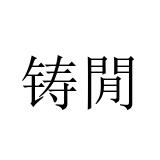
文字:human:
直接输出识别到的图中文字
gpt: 铸閒